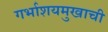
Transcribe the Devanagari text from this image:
गर्भाशयमुखाची